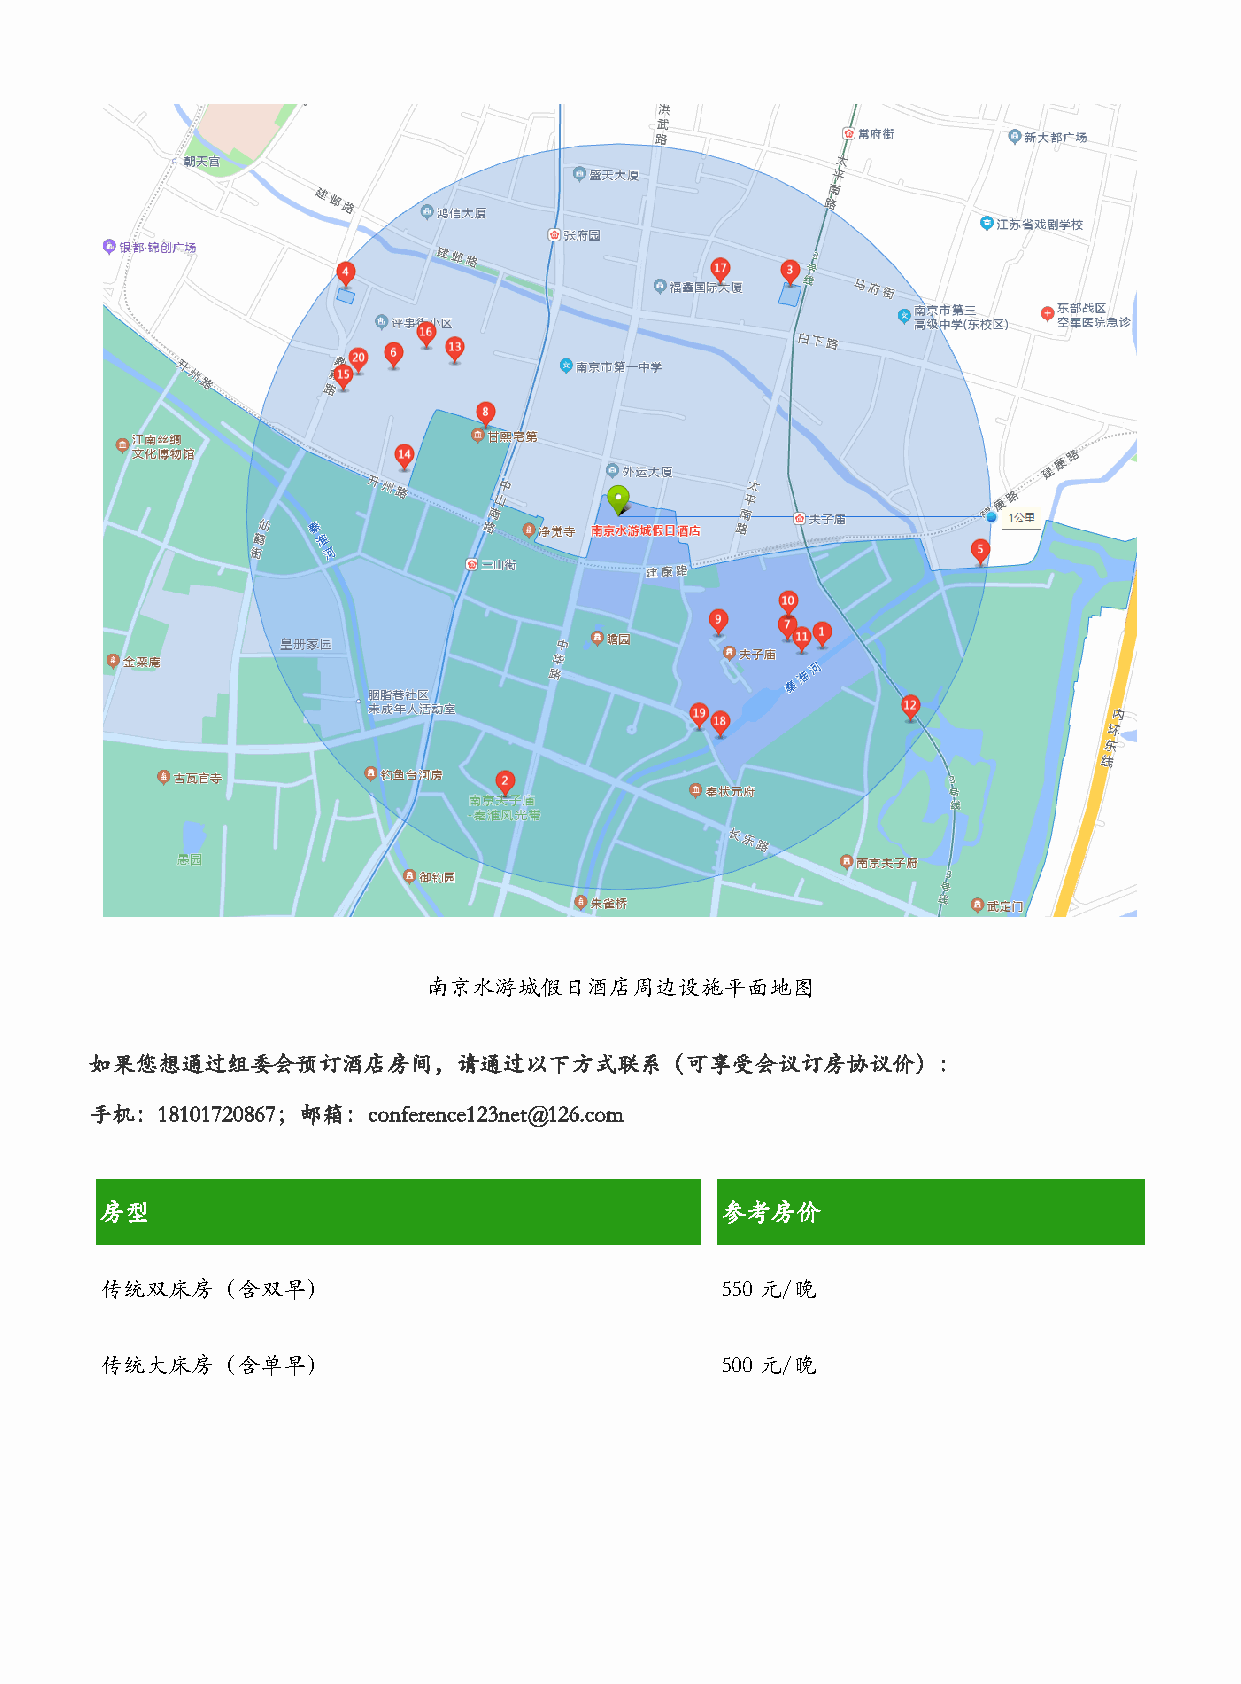
南京水游城假日酒店周边设施平面地图
 如果您想通过组委会预订酒店房间，请通过以下方式联系（可享受会议订房协议价）：
 手机：18101720867；邮箱：conference123net@126.com
 房型                                       参考房价
 传统双床房（含双早）                               550元/晚
 传统大床房（含单早）                               500元/晚